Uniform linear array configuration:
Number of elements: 16
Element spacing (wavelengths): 0.75
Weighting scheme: cosine
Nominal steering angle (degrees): -45
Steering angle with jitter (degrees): -46.141
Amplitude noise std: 0.05
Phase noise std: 0.05

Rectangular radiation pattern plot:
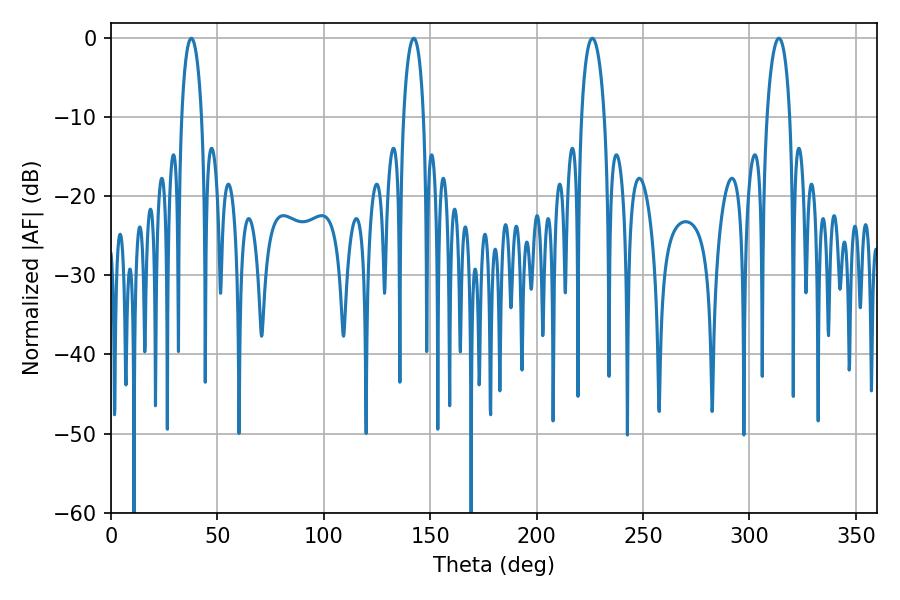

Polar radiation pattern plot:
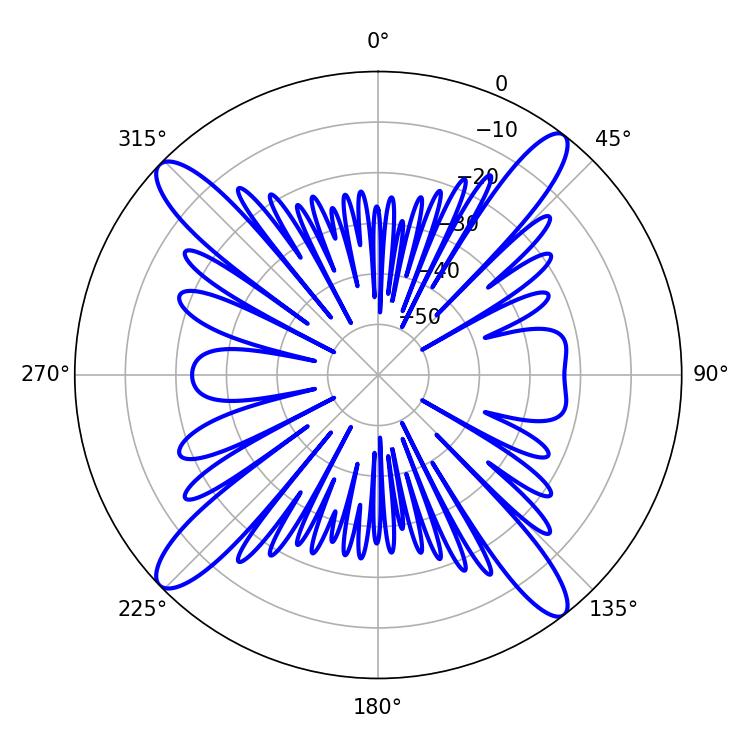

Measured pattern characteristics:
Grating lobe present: TRUE
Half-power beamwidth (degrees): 5.4
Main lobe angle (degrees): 142.2